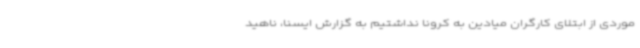
موردی از ابتلای کارگران میادین به کرونا نداشتیم به گزارش ایسنا، ناهید